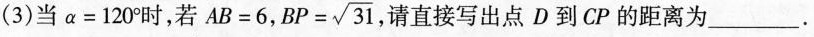
(3)当$$α = 1 2 0 °$$时，若$$A B = 6$$， $$B P = \sqrt { 3 1 }$$ 请直接写出点D到CP的距离为___.